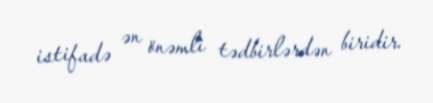
istifadə ən önəmli tədbirlərdən biridir.